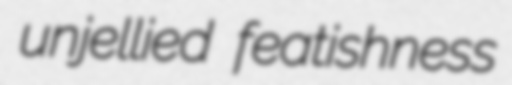
unjellied featishness